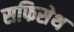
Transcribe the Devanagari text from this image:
सफिसेथ